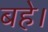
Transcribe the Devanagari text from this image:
बहे।